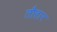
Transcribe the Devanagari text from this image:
तौहार